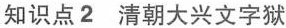
知识点2清朝大兴文字狱